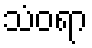
သံဝရာ